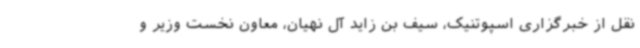
نقل از خبرگزاری اسپوتنیک، سیف بن زاید آل نهیان، معاون نخست وزیر و